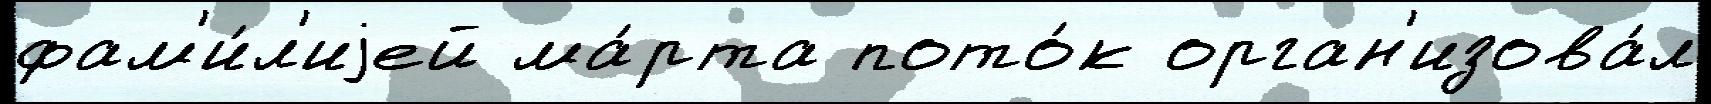
фам'и́л'иjей ма́рта пото́к орган'изова́л